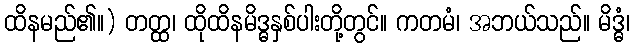
ထိနမည်၏။) တတ္ထ၊ ထိုထိနမိဒ္ဓနှစ်ပါးတို့တွင်။ ကတမံ၊ အဘယ်သည်။ မိဒ္ဓံ၊